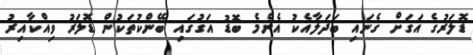
ޑޮލަރުގެ އަގަށް ގެނައި ބަދަލާއެކު އެންމެ ބޮޑު އަގުގައި ބޭންކުތަކުން ޑޮލަރު ވިއްކާއިރު